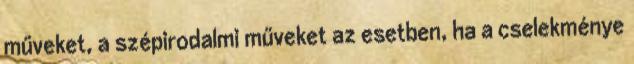
műveket, a szépirodalmi műveket az esetben, ha a cselekménye